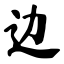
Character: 边